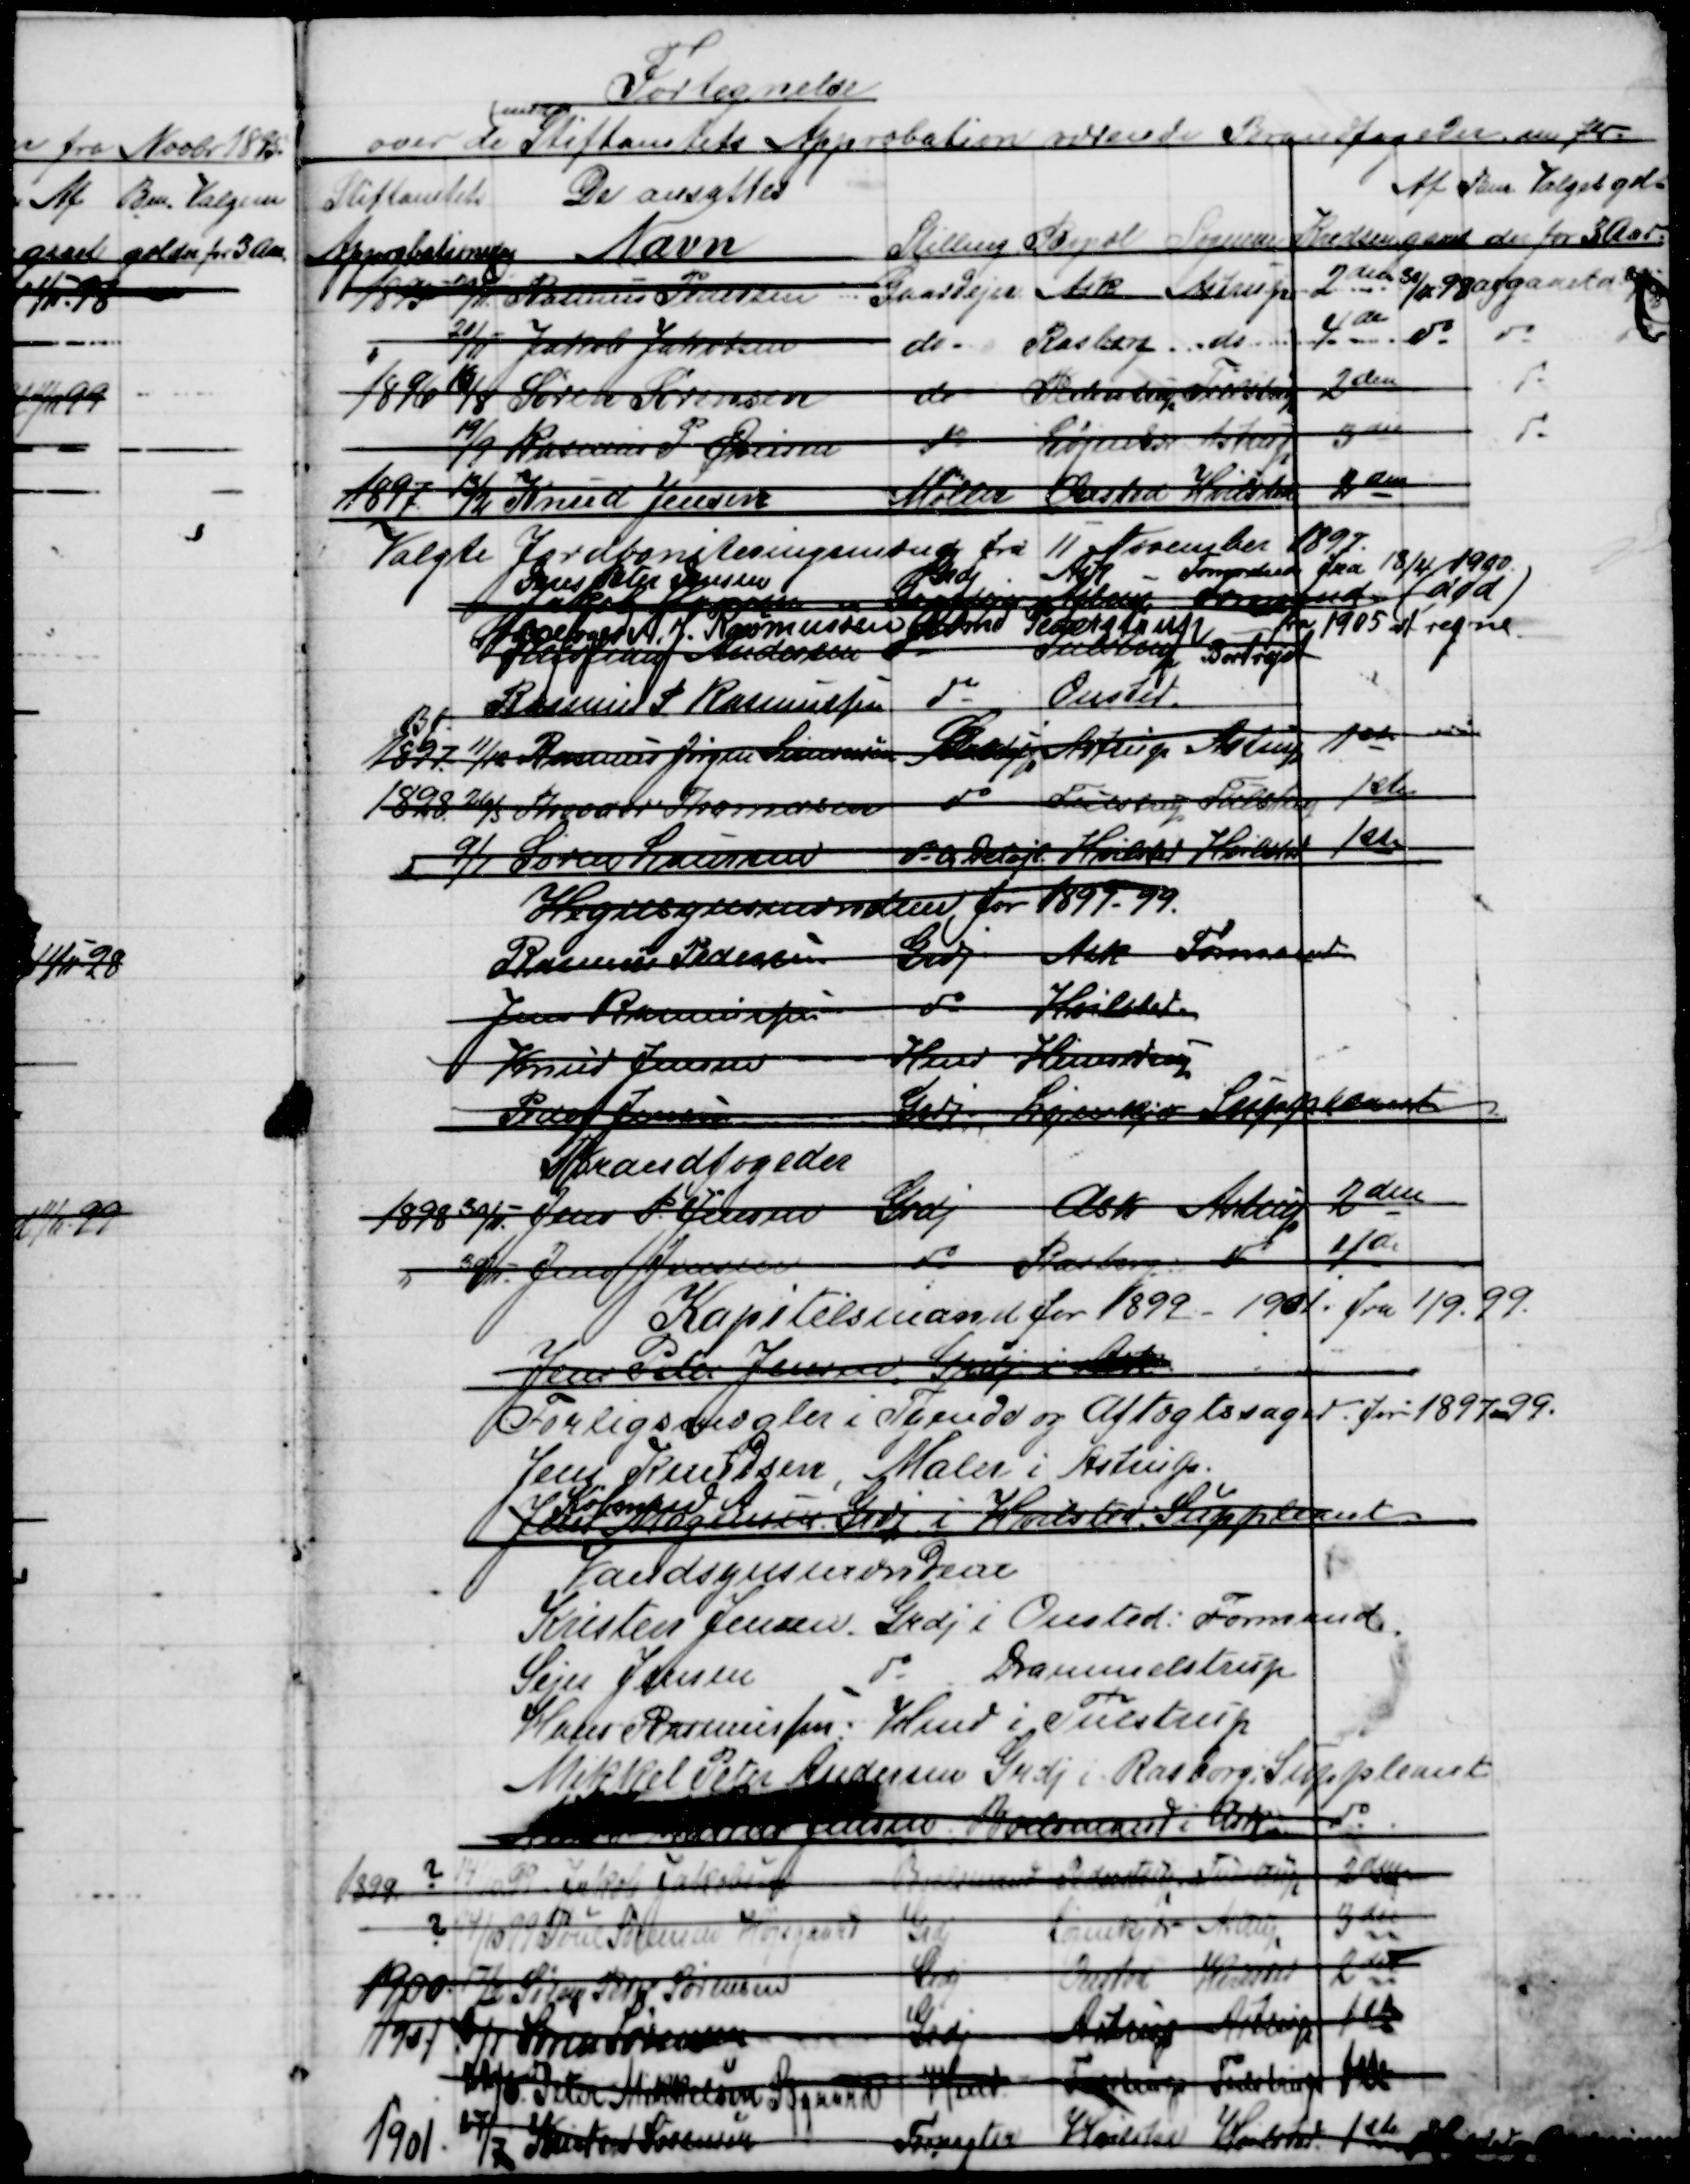
Transskription:
Fortegnelse
over de 
med
Stiftamtets Approbation udnævnde Brandfogeder m flr. 
Stiftamtets
Approbationsdag
De ansattes
Navn
Stilling 
Bopæl  
Sognene
Kredsen 
Af 
gaaet
Bem. Valget gæl=
der for 3 aar
1895  29/11
Rasmus Pedersen
Gaardejer
Ask
Astrup
2den
30/11-98   
afgaaet d. 
21/11
Jakob Jakobsen
do
Rasborg
do
4de 
do
do
1896
16/8
Søren Sørensen
do
Pederstrup
Tulstrup
2den
do
19/9
Rasmus P. Øvlisen
do
Løjenkjær
 Astrup
3die
do
1897 13/2
Knud Jensen
Møller
Onsted
Hvilsted
2den
Valgte Jordboniteringmænd fra 11 November 1897
Jens Peter Jensen
Grdj
Ask
Formand fra 18/4 1900.
Jakob Jensen
Gaardejer  
Astrup Formand
(død)
Snefoged A. J. Rasmussen
Onsted
Pederstrup
fra 1905 at regne.
Johannes  Andersen
Tulstrup  Bortrejst
Rasmus P Rasmussen
do
Onsted
BJ
1897
11/12  Rasmus Jørgen Simonsen

Astrup
Astrup
1ste
1898
26/5 Theodor Thomasen
do
Tulstrup
Tulstrup
1ste
9/1 Søren Laursen
do a Detajl.
Hvilsted
Hvilsted
1ste
Hegnsynsmændene for 1897-99.
Rasmus Pedersen
Grdj
Ask  Formand
Jens Rasmussen
do
Hvilsted.
Knud Jensen
Hmd
Hinnedrup
Peder Jensen
Grdj
Løjenkjær Suppleant
Brandfogeder
1898 30/11  Jens P. Jensen
Grdj
Ask  Astrup
2den
30/11 - Jens Jensen
do
Rasborg
do
4de
Kapitelsmand for 1899 - 1901. fra 1/9. 99.
Jens Peter Jensen  Grdj i Ask
Forligsmægler i Tyende og Aftægtssager for 1897-99.
Jens Knudsen, Maler i Astrup.
Købmand A
Jens Mogensen Grdj i Hvilsted. Suppleant
Vandsynsmændene
Kristen Jensen. Grdj i Onsted: Formand
Sejer Jensen
do
Drammelstrup
Hans Rasmussen: Hmd i Tulstrup
Mikkel Peter Andersen Grdj i Rasborg Suppleant
A   Jensen  Boelsmand i Ask
do
1899  ?  14/10-99  Jakob Jakobsen
Pederstrup
Tulstrup
2den
14/10-99 
Poul Sørensen Højsgaard
Grdj
Løjenkjær
 Astrup
3die
1900. 17/2  Søren Peter Sørensen
Grdj
Onsted  Hvilsted
2den
1901. Søren Sørensen
Grdj
Astrup
Astrup
1ste
11/6  Peter Mikkelsen Søgaard
Hmd
Tulstrup
Tulstrup
1ste
1901
17/7
Kristen Sørensen
Forpagter
Hvilsted
Hvilsted
1ste